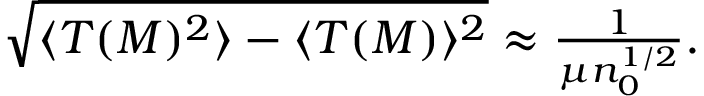
\begin{array} { r } { \sqrt { \langle T ( M ) ^ { 2 } \rangle - \langle T ( M ) \rangle ^ { 2 } } \approx \frac { 1 } { \mu n _ { 0 } ^ { 1 / 2 } } . } \end{array}